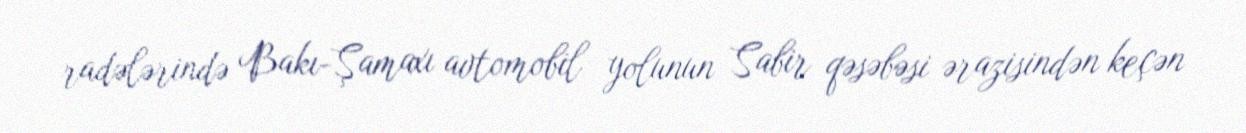
radələrində Bakı-Şamaxı avtomobil yolunun Sabir qəsəbəsi ərazisindən keçən